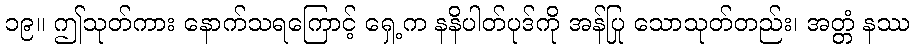
၁၉။ ဤသုတ်ကား နောက်သရကြောင့် ရှေ့က နနိပါတ်ပုဒ်ကို အန်ပြု သောသုတ်တည်း၊ အတ္တံ နဿ